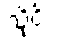
သိုင်း